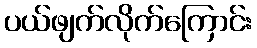
ပယ်ဖျက်လိုက်ကြောင်း